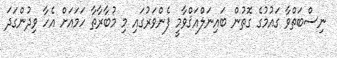
ނިސްބަތްވާ ގައުމުގެ ގޮތުން ބައިނަލްއަޤްވާމީ ފެންވަރުގައި މި މުބާރާތާ ހަމައަށް އެހާ ވިދުންގަދަ